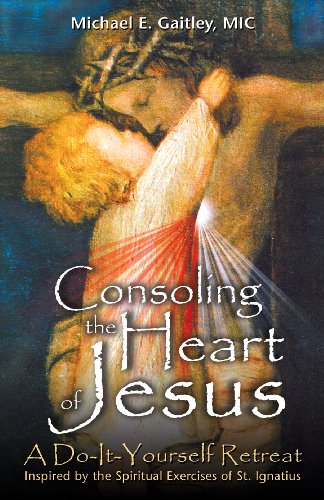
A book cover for Consoling the Heart of Jesus: A Do-It-Yourself Retreat- Inspired by the Spiritual Exercises of St. Ignatius; Michael E. Gaitley; Self-Help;